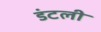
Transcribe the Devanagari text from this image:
डंटली